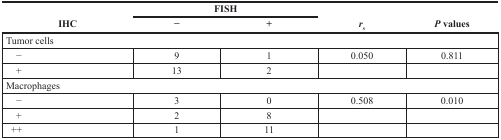
| <ROWSPAN=2> IHC | <COLSPAN=2> FISH | <ROWSPAN=2> rs | <ROWSPAN=2> P values |
 | − | + |
 | --- | --- | --- | --- | --- |
 | <COLSPAN=5> Tumor cells |
 | − | 9 | 1 | 0.050 | 0.811 |
 | + | 13 | 2 |  |  |
 | <COLSPAN=5> Macrophages |
 | − | 3 | 0 | 0.508 | 0.010 |
 | + | 2 | 8 |  |  |
 | ++ | 1 | 11 |  |  |